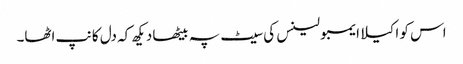
اس کو اکیلا ایمبولینس کی سیٹ پہ بیٹھا دیکھ کہ دل کانپ اٹھا۔